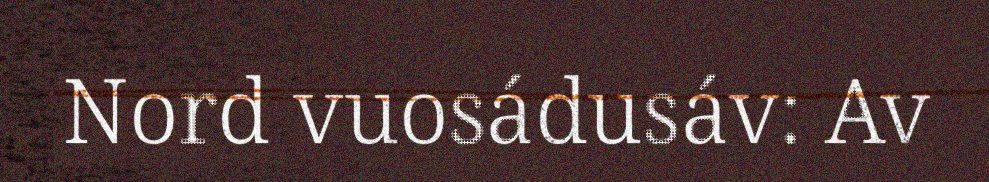
Nord vuosádusáv: Av